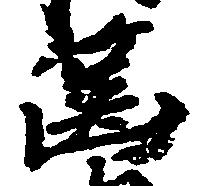
筐